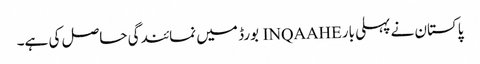
پاکستان نے پہلی بار INQAAHE بورڈ میں نمائندگی حاصل کی ہے۔